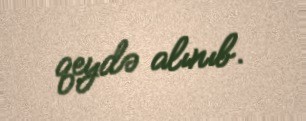
qeydə alınıb.